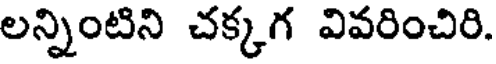
లన్నింటిని చక్కగ వివరించిరి.